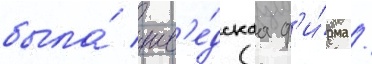
была́ шв'е́дскаа ф'и́рма /